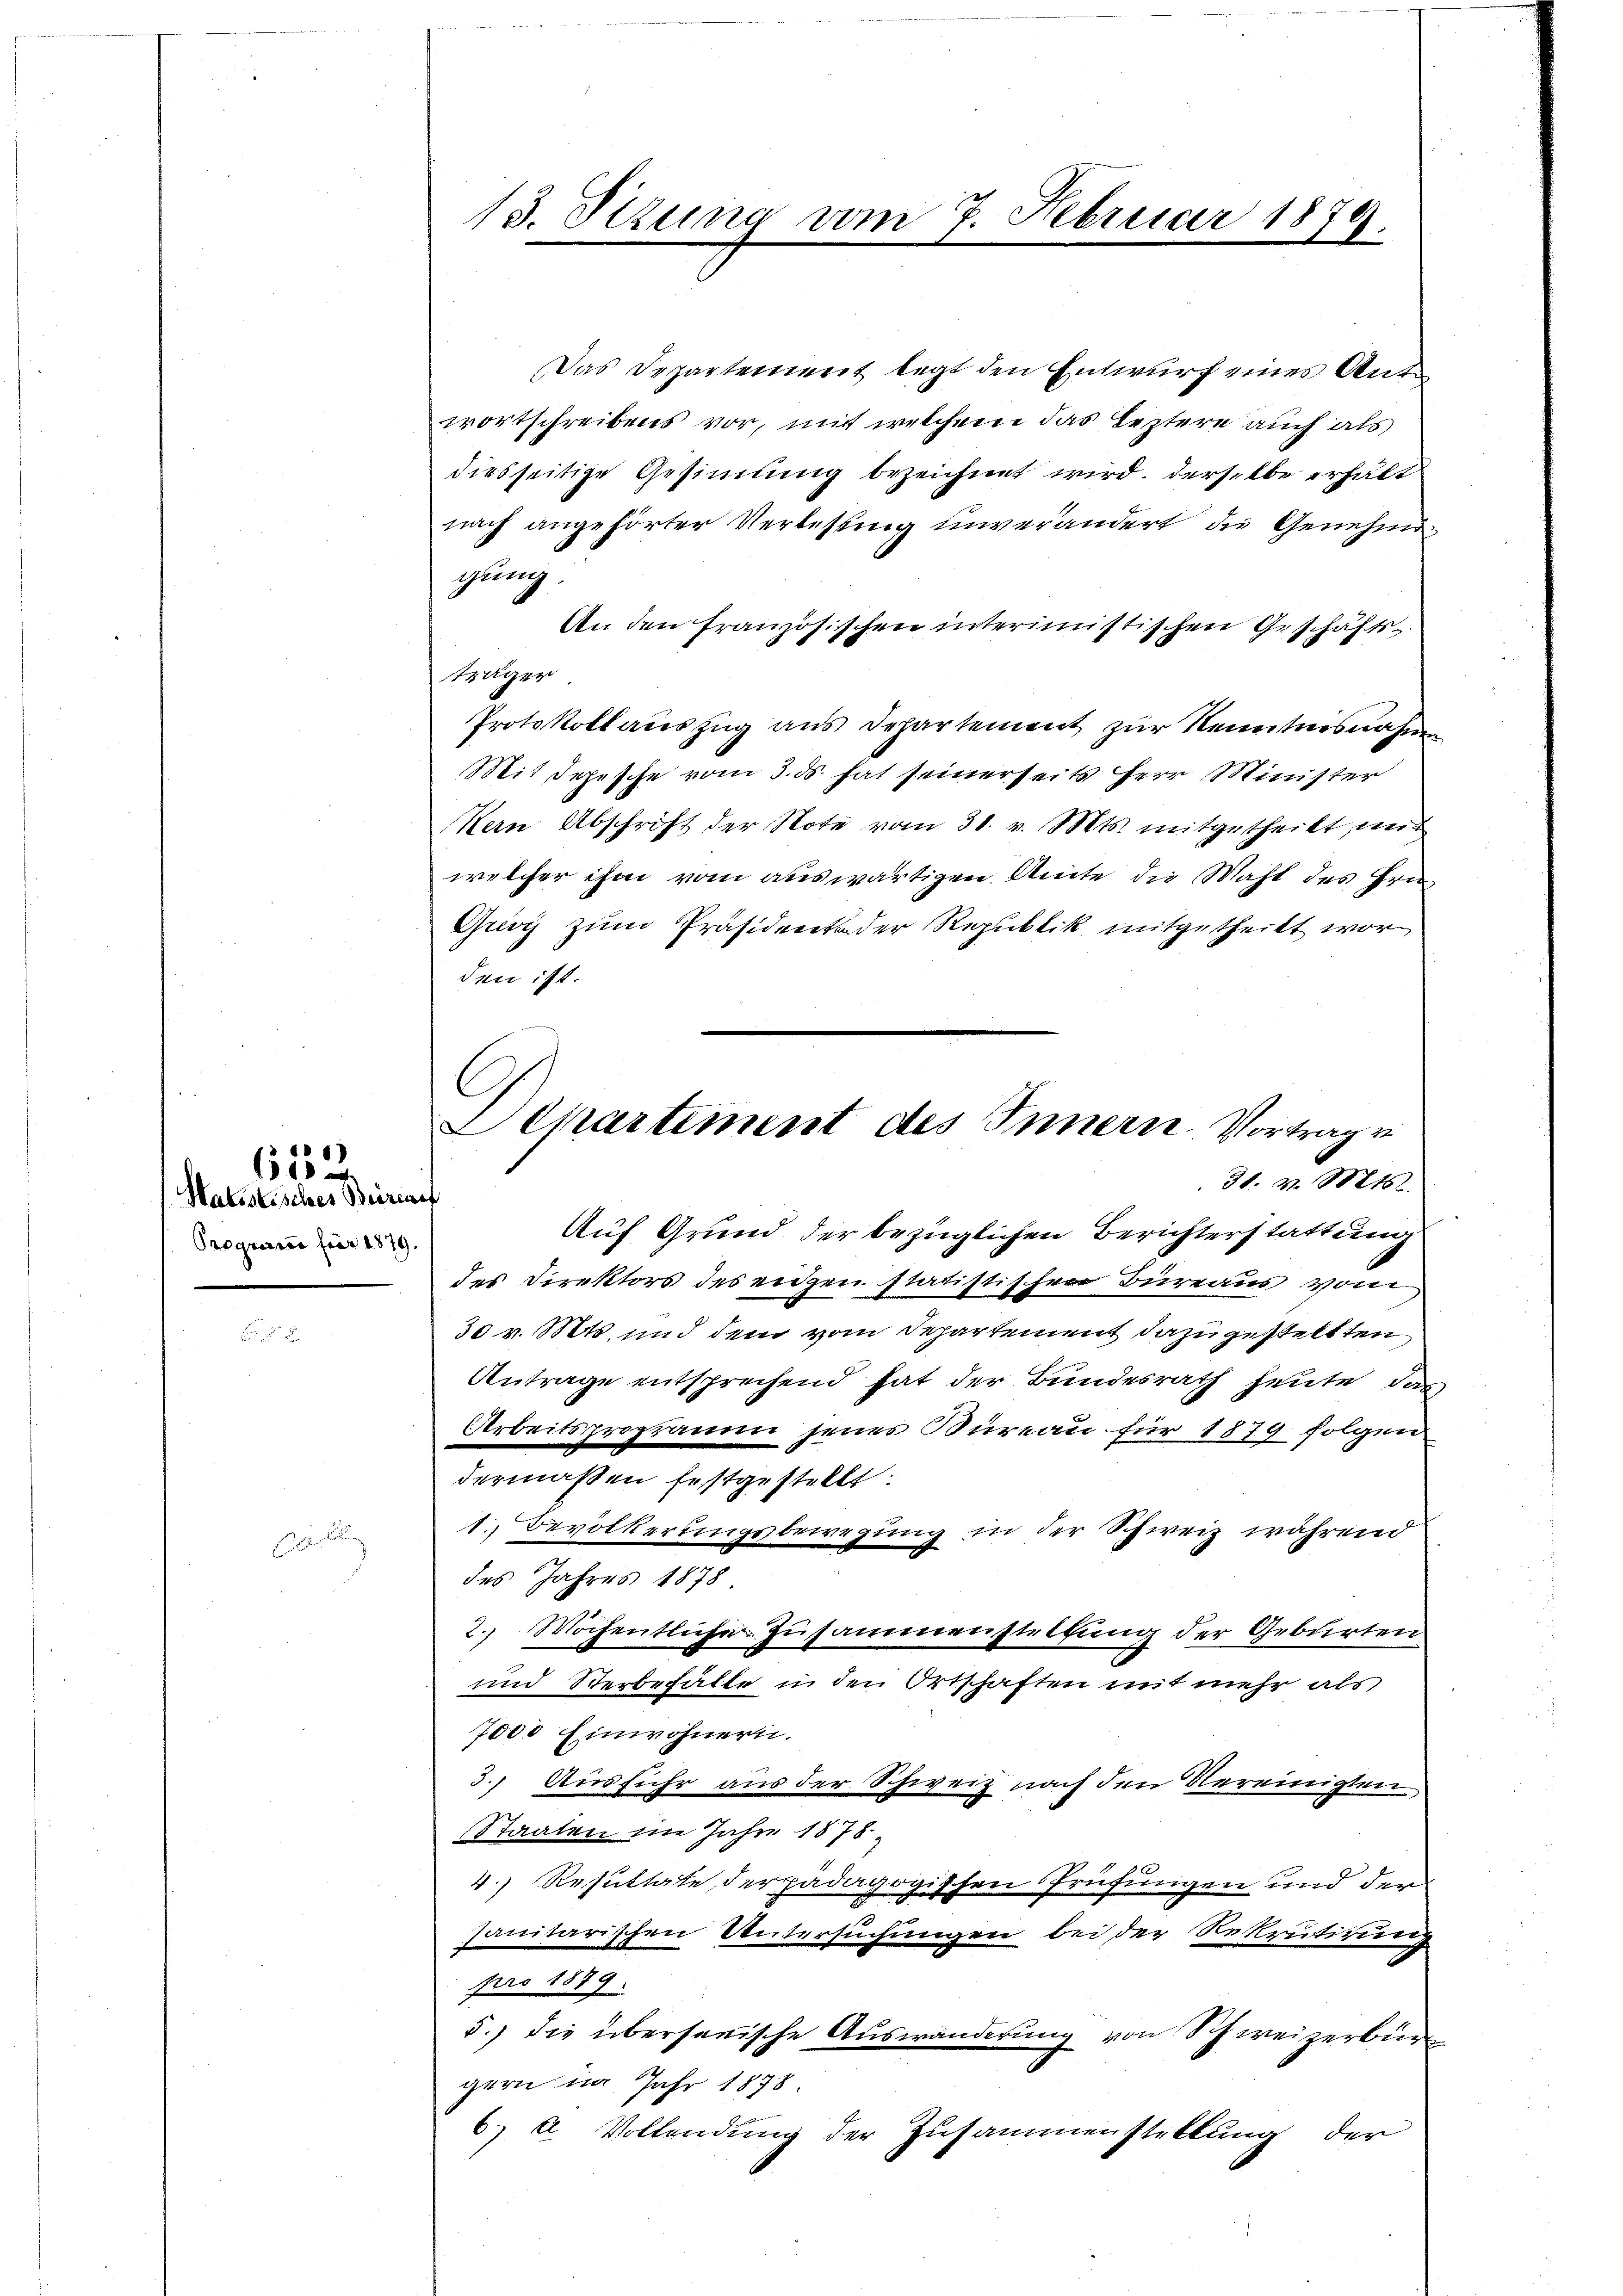
Halsstisches Beireaef
Pregung für 1879.

1
60

13. Sizung vom 7. Februar 1879.

Das Departement legt den Entwurf eines Antwortschreibens vor, mit welchem das leztere auch als
diesseitige Gesinnung bezeichnet wird. Derselbe erhält
nach angehörter Verlesung unverändert, die Genehmigung.
An den französischen interimistischen Geschäftsträger
Protokollaŭszŭg ans Departement zŭr Kenntnisnahm
Mit Depesche vom 3. ds. hat seinerseits Herr Minister
Hern Abschrift der Note vom 31. v. Mts. mitgetheilt mit
welcher ihm vom auswärtigen Amte die Mahl des Hrn.
Groy zum Präsidento der Republik mitgetheilt worden ist.
Auf Grund der bezüglichen Berichterstattung
des Direktors des eidgen statistischen Büreaus vom
30 v. Mts. und dem vom Departement dazu gestellten
Antrage entsprechend hat der Bundesrath heute, das
Arbeitsprogramm jenes Bureau für 1879 folgen
dermaßen festgestellt:
1. Bevölkerungsbewegung in der Schweiz während
des Jahres 1878
2. Wochentliche Zusammenstellung der Geburten
und Sterbehalte in den Ortschaften mit mehr als
7000 Einwohnern.
3.) Ausführ aus der Schweiz nach den Vereinigten
Staaten im Jahre 1878.
4.) Resultate der padagogischen Prüfungen und der
sanitarischen Untersuchungen bei der Rekrutirung
pro 1879.
5.) Die übersanische Auswanderung von Schweizerbür
gern im Jahr 1878
6) A Vollendung der Zusammenstellung der

C
Achartement des Innern, Vortrag v
30. v. Mts.